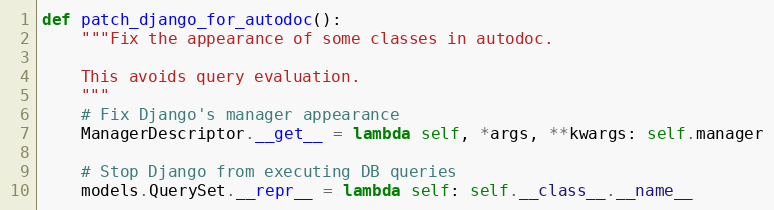
Language: Python
def patch_django_for_autodoc():
    """Fix the appearance of some classes in autodoc.

    This avoids query evaluation.
    """
    # Fix Django's manager appearance
    ManagerDescriptor.__get__ = lambda self, *args, **kwargs: self.manager

    # Stop Django from executing DB queries
    models.QuerySet.__repr__ = lambda self: self.__class__.__name__